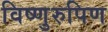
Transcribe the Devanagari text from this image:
विष्णुरुपिण